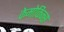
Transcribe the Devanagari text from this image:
केमोकिन्स